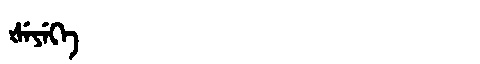
Manchu: ᡧᡝᠶᡝᡴᡝ
Romanization: ŠEYEKE